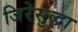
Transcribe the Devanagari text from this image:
जिरेसुद्धा